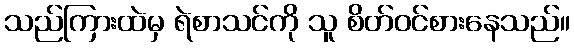
သည်ကြားထဲမှ ရဲစာသင်ကို သူ စိတ်ဝင်စားနေသည်။